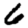
Digit: 6